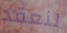
لنعقد